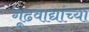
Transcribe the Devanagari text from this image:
गूढवाद्यांच्या